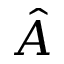
\hat { A }